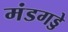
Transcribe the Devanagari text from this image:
मंडगड्डे